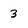
Character: 3